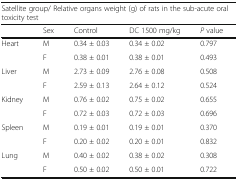
<table><thead><tr><td colspan="5"><b>Satellite group/ Relative organs weight (g) of rats in the sub-acute oral toxicity test</b></td></tr><tr><td></td><td><b>Sex</b></td><td><b>Control</b></td><td><b>DC 1500 mg/kg</b></td><td><b><i>P</i> value</b></td></tr></thead><tbody><tr><td rowspan="2">Heart</td><td>M</td><td>0.34 ± 0.03</td><td>0.34 ± 0.02</td><td>0.797</td></tr><tr><td>F</td><td>0.38 ± 0.01</td><td>0.38 ± 0.01</td><td>0.493</td></tr><tr><td rowspan="2">Liver</td><td>M</td><td>2.73 ± 0.09</td><td>2.76 ± 0.08</td><td>0.508</td></tr><tr><td>F</td><td>2.59 ± 0.13</td><td>2.64 ± 0.12</td><td>0.524</td></tr><tr><td rowspan="2">Kidney</td><td>M</td><td>0.76 ± 0.02</td><td>0.75 ± 0.02</td><td>0.655</td></tr><tr><td>F</td><td>0.72 ± 0.03</td><td>0.72 ± 0.03</td><td>0.696</td></tr><tr><td rowspan="2">Spleen</td><td>M</td><td>0.19 ± 0.01</td><td>0.19 ± 0.01</td><td>0.370</td></tr><tr><td>F</td><td>0.20 ± 0.02</td><td>0.20 ± 0.01</td><td>0.832</td></tr><tr><td rowspan="2">Lung</td><td>M</td><td>0.40 ± 0.02</td><td>0.38 ± 0.02</td><td>0.308</td></tr><tr><td>F</td><td>0.50 ± 0.02</td><td>0.50 ± 0.01</td><td>0.722</td></tr></tbody></table>